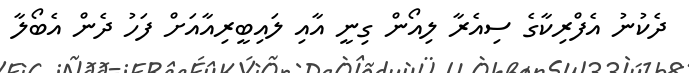
ދެކުނު އެފްރިކާގެ ސިއެރާ ލިއޯން ގިނީ އާއި ލައިބީރިއާއަށް ފަހު ދެން އެބޯލާ